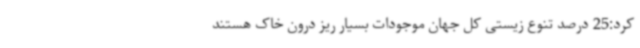
کرد:‌25 درصد تنوع زیستی کل جهان موجودات بسیار ریز درون خاک هستند